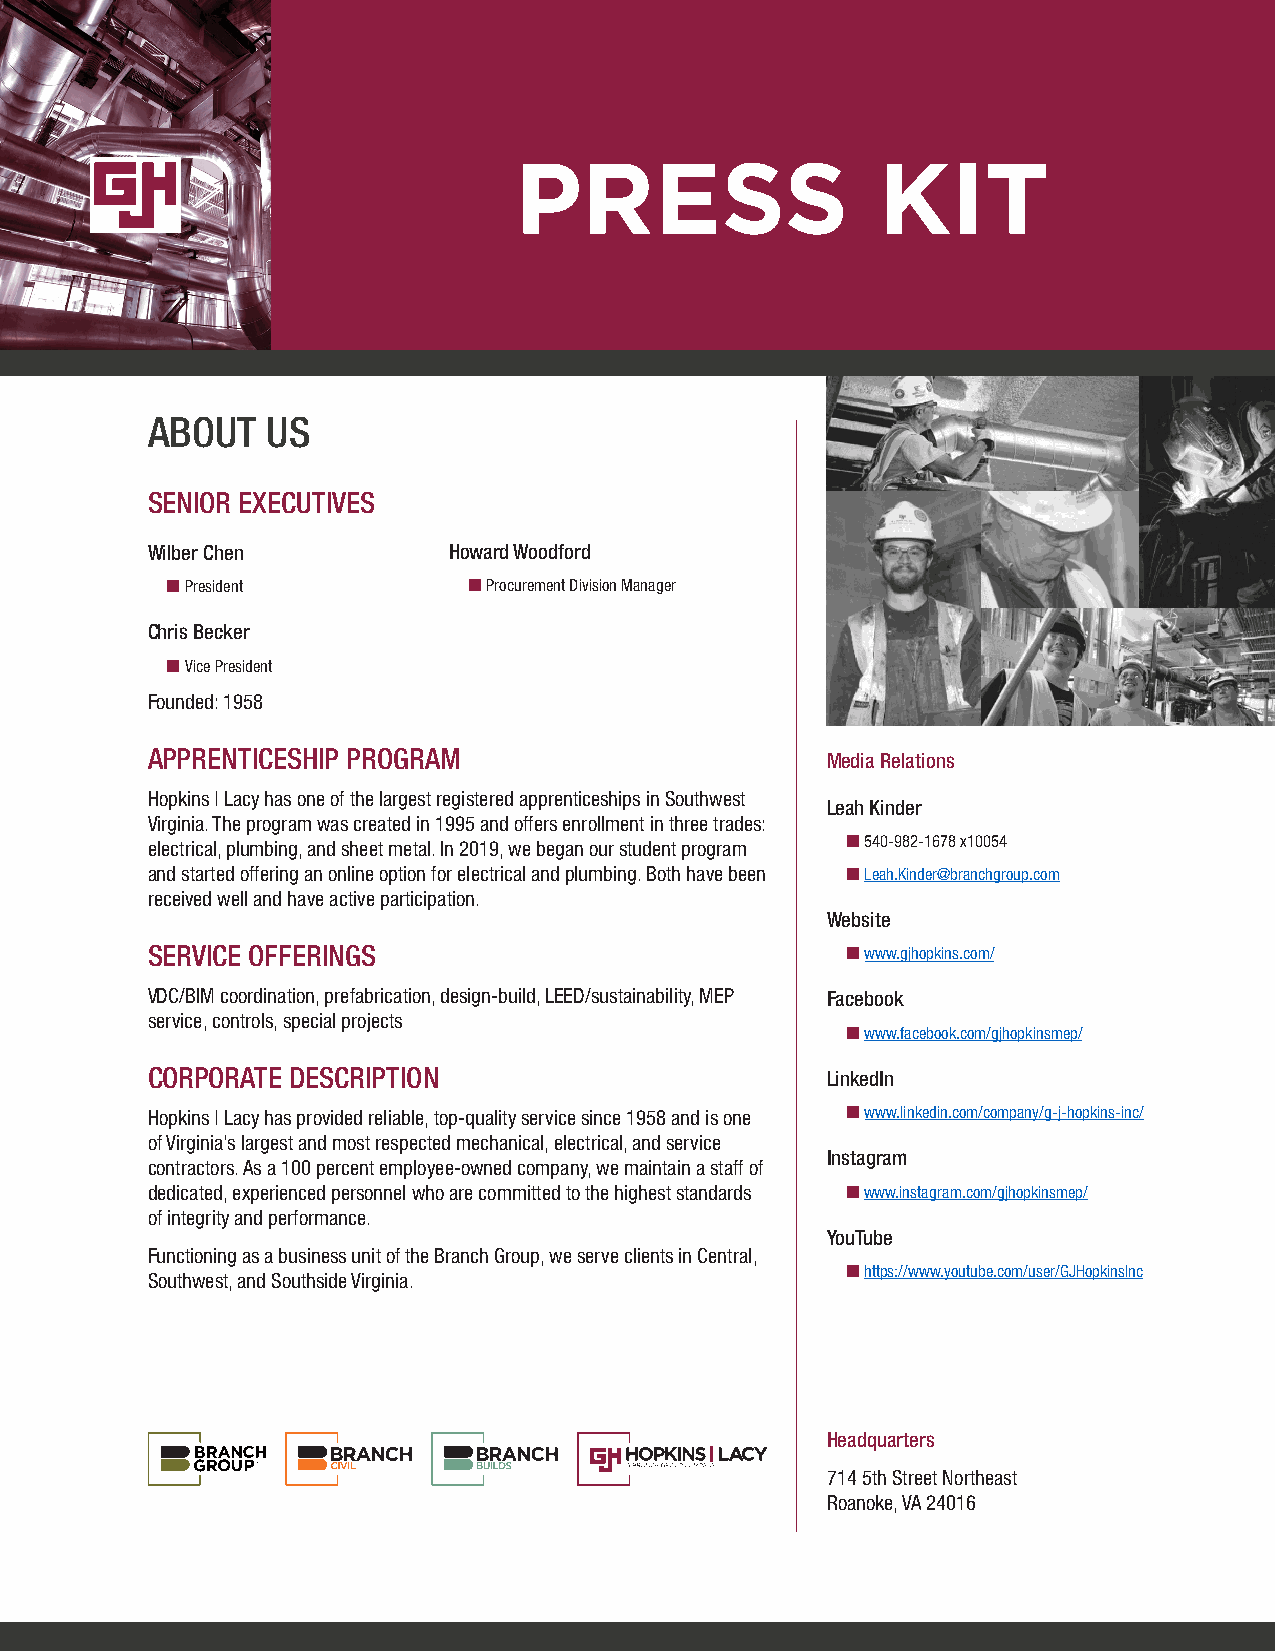
PRESS                   KIT
 ABOUT   US
 SENIOR EXECUTIVES
 Wilber Chen         Howard Woodford
  President          Procurement Division Manager
 Chris Becker
  Vice President
 Founded: 1958
 APPRENTICESHIP PROGRAM                       Media Relations
 Hopkins | Lacy has one of the largest registered apprenticeships in Southwest
 Leah Kinder
 Virginia. The program was created in 1995 and offers enrollment in three trades:
 electrical, plumbing, and sheet metal. In 2019, we began our student program  540-982-1678 x10054
 and started offering an online option for electrical and plumbing. Both have been  Leah.Kinder@branchgroup.com
 received well and have active participation.
 Website
 SERVICE OFFERINGS                              www.gjhopkins.com/
 VDC/BIM coordination, prefabrication, design-build, LEED/sustainability, MEP Facebook
 service, controls, special projects
  www.facebook.com/gjhopkinsmep/
 CORPORATE DESCRIPTION                        LinkedIn
 Hopkins | Lacy has provided reliable, top-quality service since 1958 and is one  www.linkedin.com/company/g-j-hopkins-inc/
 of Virginia’s largest and most respected mechanical, electrical, and service
 Instagram
 contractors. As a 100 percent employee-owned company, we maintain a staff of
 dedicated, experienced personnel who are committed to the highest standards  www.instagram.com/gjhopkinsmep/
 of integrity and performance.
 YouTube
 Functioning as a business unit of the Branch Group, we serve clients in Central,
  https://www.youtube.com/user/GJHopkinsInc
 Southwest, and Southside Virginia.
 Headquarters
 714 5th Street Northeast
 Roanoke, VA 24016